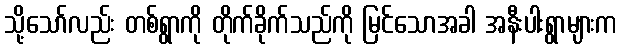
သို့သော်လည်း တစ်ရွာကို တိုက်ခိုက်သည်ကို မြင်သောအခါ အနီးပါးရွာများက